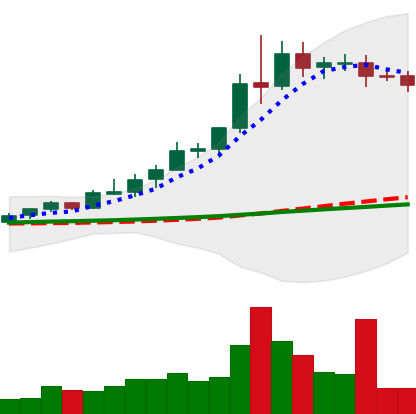
Ticker: XRP-USD
Chart end date: 2020-08-09
Forward return: 4.06%
Label: up_3_5